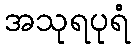
အသုရပုရံ